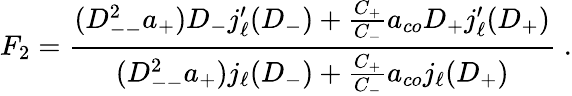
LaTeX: F_{2}=\frac{(D_{--}^{2}a_{+})D_{-}j_{\ell}^{\prime}(D_{-})+\frac{C_{+}}{C_{-}}a_{co}D_{+}j_{\ell}^{\prime}(D_{+})}{(D_{--}^{2}a_{+})j_{\ell}(D_{-})+\frac{C_{+}}{C_{-}}a_{co}j_{\ell}(D_{+})}\; .